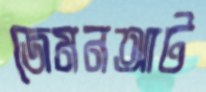
জেমনআট